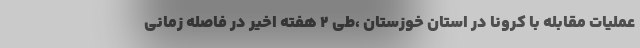
عملیات مقابله با کرونا در استان خوزستان ،طی ۲ هفته اخیر در فاصله زمانی